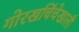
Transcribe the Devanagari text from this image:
गोरखचिंचेखाली